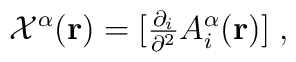
{\cal{X}}^\alpha({\bf{r}}) =[{\textstyle\frac{\partial_i}{\partial^2}}A_i^\alpha({\bf{r}})]\;,